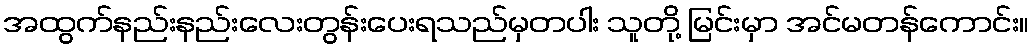
အထွက်နည်းနည်းလေးတွန်းပေးရသည်မှတပါး သူတို့ မြင်းမှာ အင်မတန်ကောင်း။